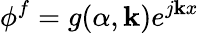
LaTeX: \phi^{f}=g(\alpha,\mathbf{k})e^{j\mathbf{k}x}